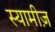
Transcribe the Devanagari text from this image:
स्यामीज़